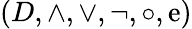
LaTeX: (D,\land,\lor,\lnot,\circ,\mathrm{e})